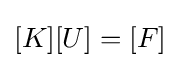
[K][U]=[F]